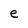
Character: e